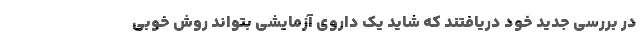
در بررسی جدید خود دریافتند که شاید یک داروی آزمایشی بتواند روش خوبی